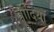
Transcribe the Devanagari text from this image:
वादियॉ